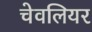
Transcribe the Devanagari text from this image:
चेवलियर